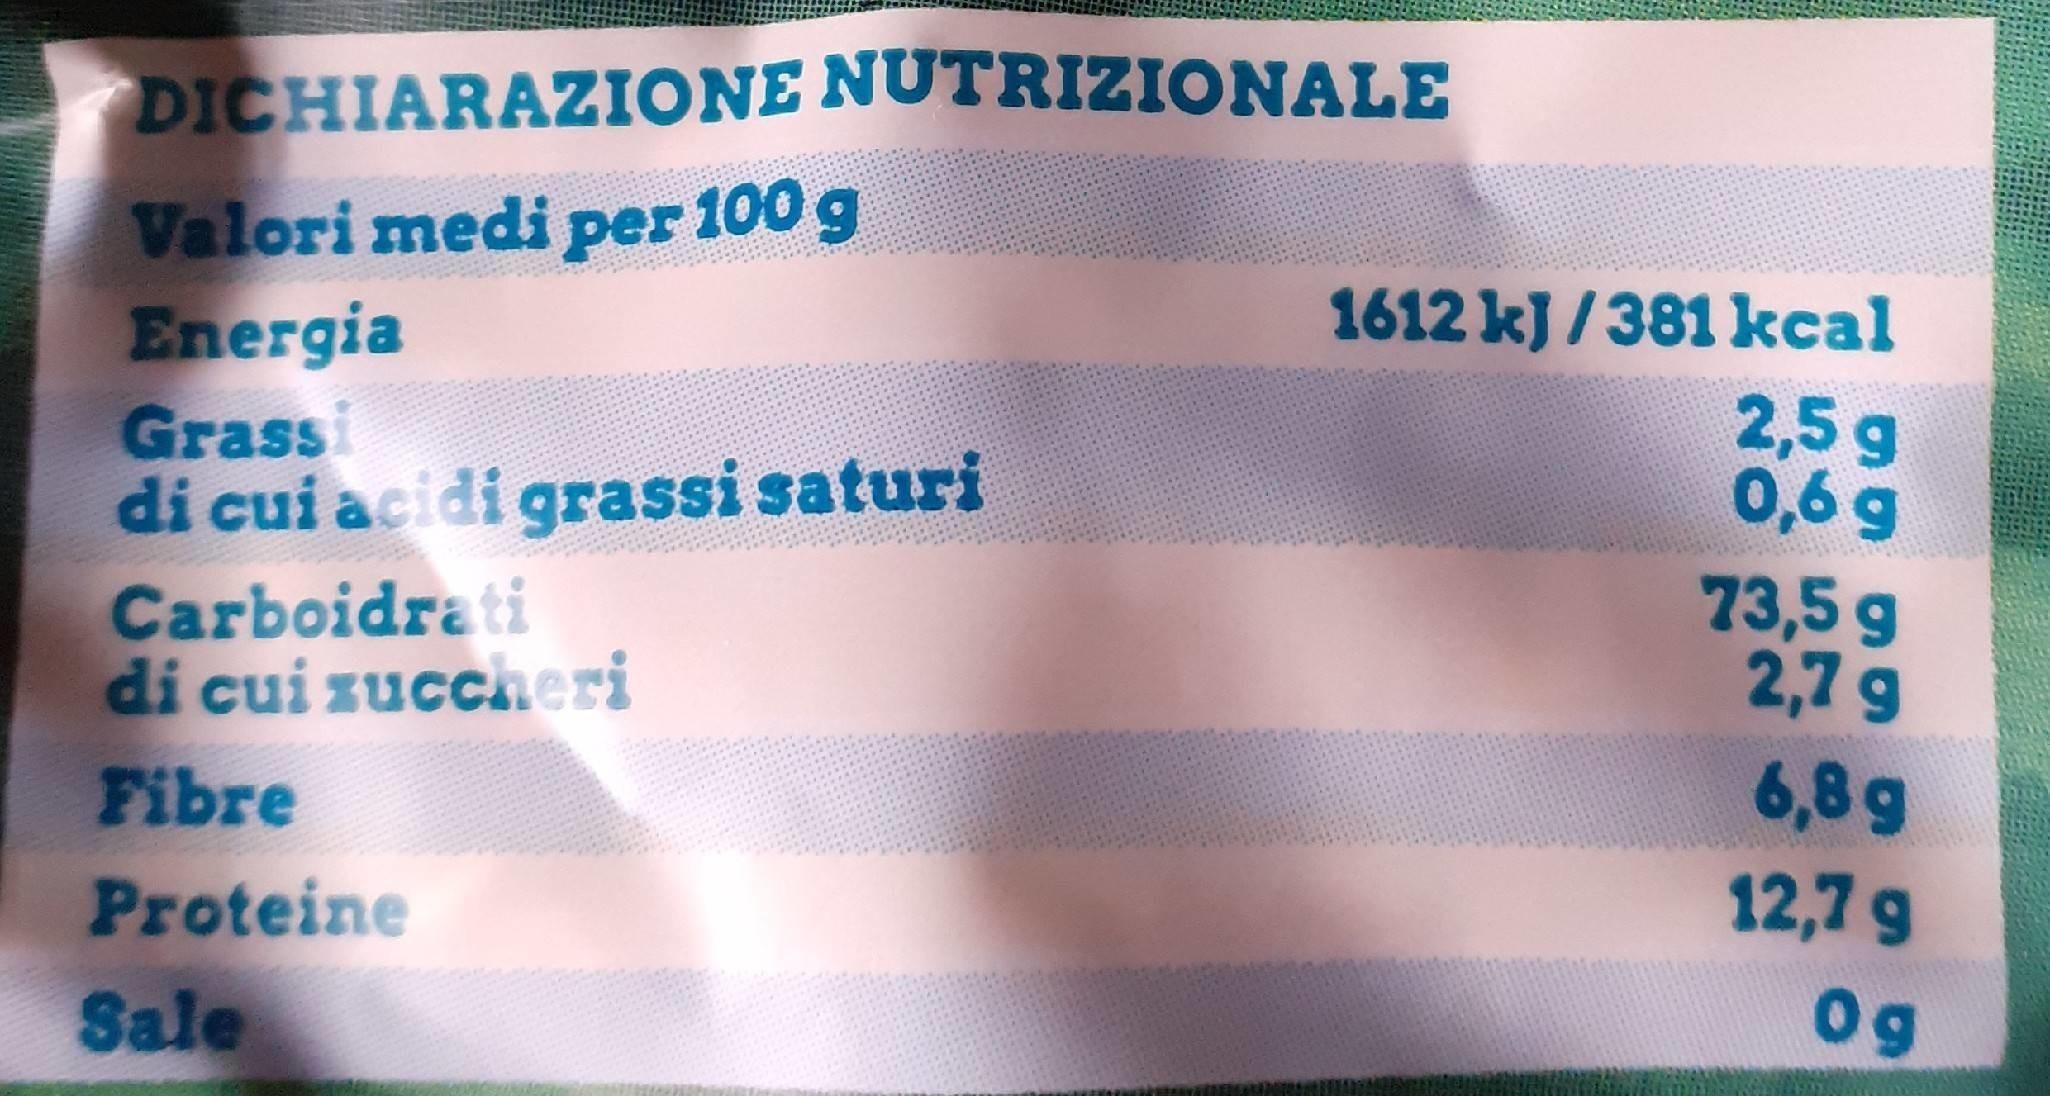
DICHIARAZIONE NUTRIZIONALE
Valori medi per 100 g Energia Grassi di cui acidi grassi saturi Carboidrati di cui zucciheri Fibre
1612 kJ/381 kcal
2,5 g 0,6 g
73,5 g 2,7 g
6,8g
Proteine
12,7 g
Sale
0g